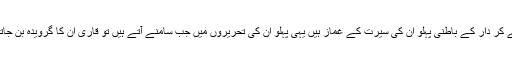
ان کے کر دار کے باطنی پہلو ان کی سیرت کے غماز ہیں یہی پہلو ان کی تحریروں میں جب سامنے آتے ہیں تو قاری ان کا گرویدہ بن جاتا ہے۔